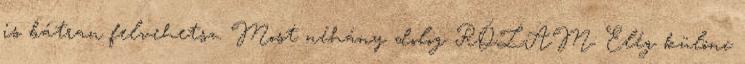
is bátran felvehetsz. Most néhány dolog RÓLAM: Elég különc